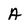
Character: A